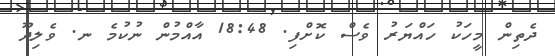
ދެތިން މީހަކު ހައްޔަރު ވެސް ކޮށްފި. 18:48 އާއްމުން ނުކުމެ ނ. ވެލިދޫ